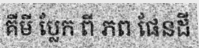
គីមី ប្លែក ពី ភព ផែនដី